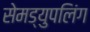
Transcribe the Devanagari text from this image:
सेमड्युपलिंग